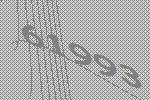
61993